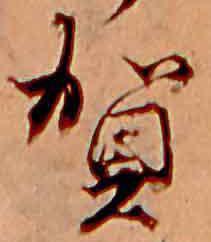
賀